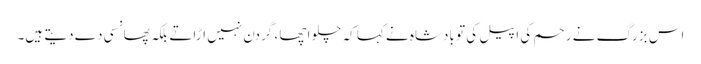
اس بزرگ نے رحم کی اپیل کی تو بادشاہ نے کہا کہ چلو اچھا ، گردن نہیں اڑاتے بلکہ پھانسی دے دیتے ہیں۔